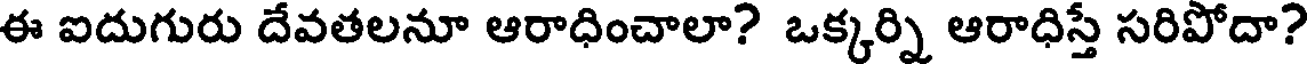
ఈ ఐదుగురు దేవతలనూ ఆరాధించాలా? ఒక్కర్ని ఆరాధిస్తే సరిపోదా?